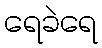
ရေခဲရေ